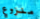
منزوع